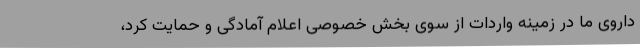
داروی ما در زمینه واردات از سوی بخش خصوصی اعلام آمادگی و حمایت کرد،